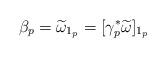
LaTeX: \begin{align*}\beta_p=\widetilde{\omega}_{1_p}=[\gamma_p^\ast\widetilde{\omega}]_{1_p}\end{align*}